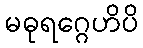
မဓုရဂ္ဂေဟိပိ